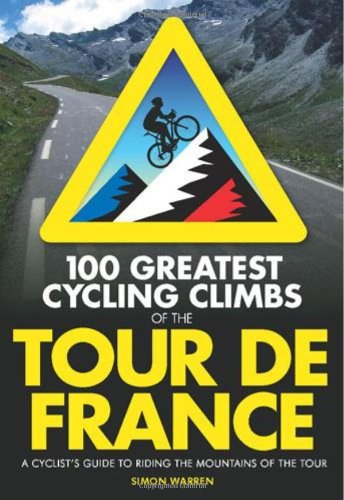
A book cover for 100 Greatest Cycling Climbs of the Tour de France: A Cyclist's Guide to Riding the Mountains of the Tour; Simon Warren; Travel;